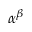
\alpha ^ { \beta }